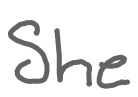
Text: She
Cross-out: clean
Writing tool: digital_gray